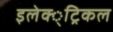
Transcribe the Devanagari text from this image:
इलेक्‍्ट्रिकल